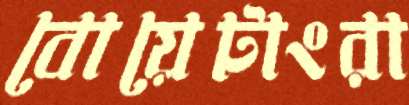
বোয়েটাংরা